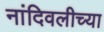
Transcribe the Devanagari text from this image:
नांदिवलीच्या